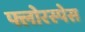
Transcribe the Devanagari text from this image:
फ्लोरस्पेस